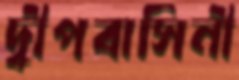
দ্বীপবাসিনী